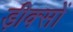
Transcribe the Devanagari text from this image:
ड़ीक्सों